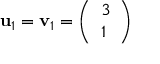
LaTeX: \mathbf { u } _ { 1 } = \mathbf { v } _ { 1 } = { \left( \begin{array} { l } { 3 } \\ { 1 } \end{array} \right) }